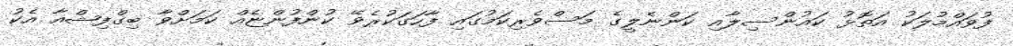
ފުވައްމުލަކު އަތޮޅު ކައުންސިލާއި ކަންނެލީގެ މަސްވެރިކަމުގައި ފާހަގަކުރެވޭ ކުންފުންޏެއް ކަމަށްވާ ބިގްފިޝްއާ އެކު